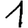
Digit: 1